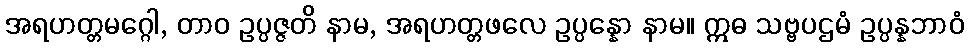
အရဟတ္တမဂ္ဂေါ, တာဝ ဥပ္ပဇ္ဇတိ နာမ, အရဟတ္တဖလေ ဥပ္ပန္နော နာမ။ ဣဓ သဗ္ဗပဌမံ ဥပ္ပန္နဘာဝံ